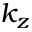
k _ { z }